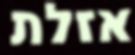
אזלת